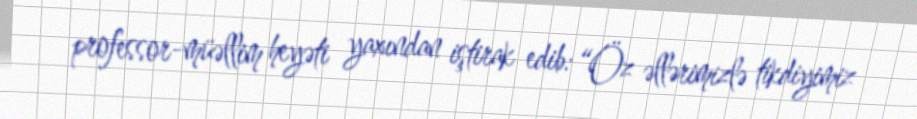
professor-müəllim heyəti yaxından iştirak edib: “Öz əllərimizlə tikdiyimiz